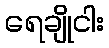
ရေချိုငါး